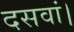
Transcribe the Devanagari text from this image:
दसवां।